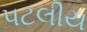
પટલીય